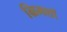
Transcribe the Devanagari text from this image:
ग्रिमशॉ